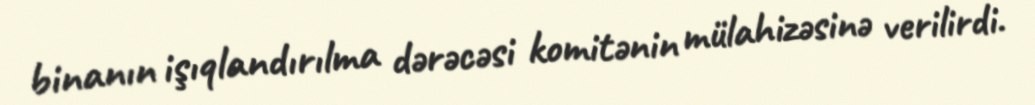
binanın işıqlandırılma dərəcəsi komitənin mülahizəsinə verilirdi.